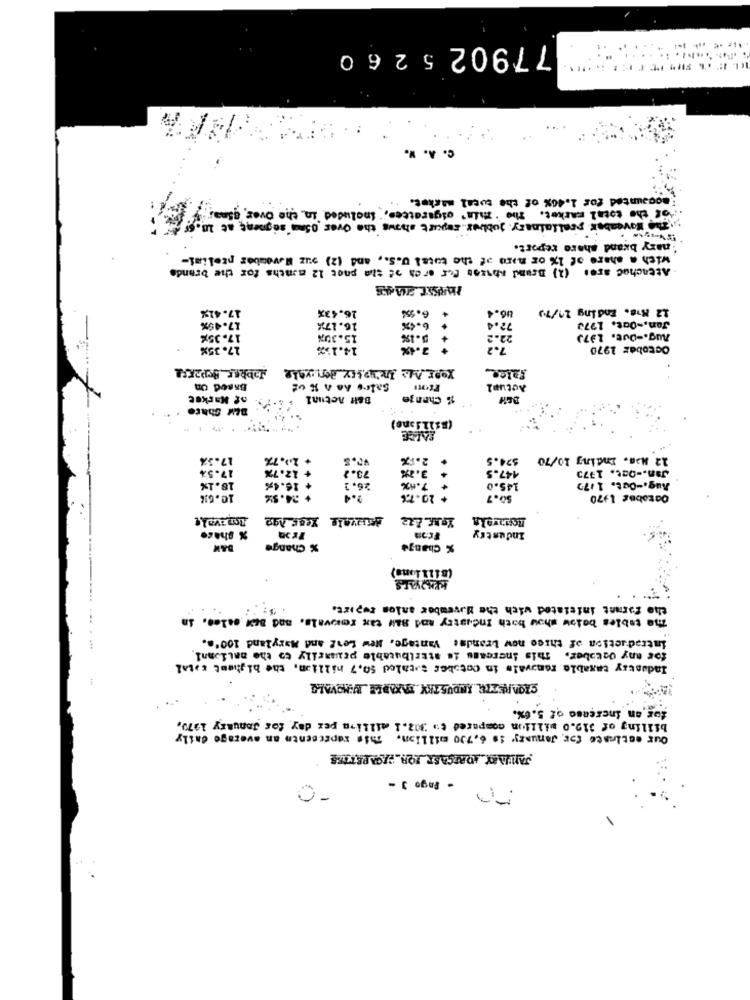
77902 5 2 60
----
c. A. W.
accounted for 1.40% of the tucal market ...
"of the total market. The ' Thin' cigarettes, included in, the Over, asmary
The November scaliainary jubler report shows the Over 05mm segment at 10.
mary brand share report.
with a share of 1% or more of the total U.S ., and (2) suz Mavouber ptelimi-
Attached are: (1) Brand phases for or ch of the pnet 12 months for the brands
16.43%
4 6.554
12 Ks. Ending 24/70
42%
86.4
46%
16. 17%
+ 6.4%
72.4
Jon ,- Out. 1773
15.30%
5.1%
22.2
Aug .- Out. Là7)
17.35%
14.15%
3.4%
7.2
October 1970
Falce
Based On
Sales As A R of
Actupl
of Market
B&H Actual
16 Change
SALGE
17.37
+ 20.7%
V.S
2.1X
524.5
12 Nom. Ending 10/70
17.5%
+ 12.7%
73.2
3.7%%
447.5
Jan .- Oct. 1375
18.1%
+ 16.4%
26. 3
7.4%
145.0
Aug .- Out. 1/72
10.61%
+ 24.5%
2.4
+ 20.72%
90.7
October 1970
Industry
% share
BAN
% Change
% Change
(8111 lono)
the formnt initiated with the Huvember anlon tupirt.
The tables below show both Industry and Ball tax removals, and sex onles. in
...
introduction of three new brands Vantage. New Leaf and Maryland 100'e.
for any Ostaber. this increase is attributable primarily to the national.
Industry taxable removals in cotster sscaled 50.7 billion, the highest catal
SIONRESZTE INDUSTRY TAXABLE ISMOVALE
for an increase of 5.6%.
billing of 319.0 million compared to 302.1 million per day for January 1979,
Our estimate for January is 6,730 million. This represents an average daily
JANUARY FORECAST FOR_PZGAPETZES
- Pago 3 -
-O